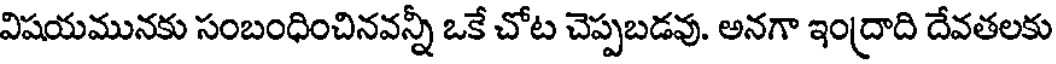
విషయమునకు సంబంధించినవన్నీ ఒకే చోట చెప్పబడవు. అనగా ఇంద్రాది దేవతలకు